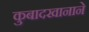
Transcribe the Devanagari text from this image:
कुबादखानाने